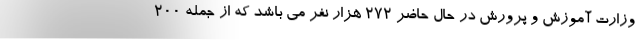
وزارت آموزش و پرورش در حال حاضر ۲۷۲ هزار نفر می باشد که از جمله ۲۰۰